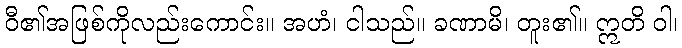
ဝီ၏အဖြစ်ကိုလည်းကောင်း။ အဟံ၊ ငါသည်။ ခဏာမိ၊ တူး၏။ ဣတိ ဝါ၊